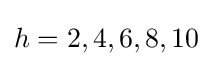
h=2,4,6,8,10